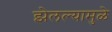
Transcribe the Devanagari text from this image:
झेलल्यामुळे